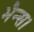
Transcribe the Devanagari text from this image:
भैन्स।